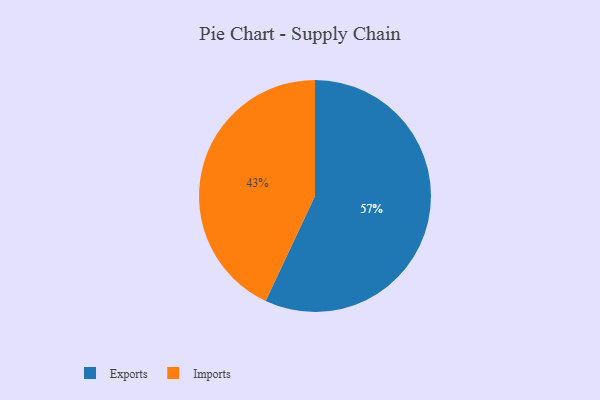
{"axis": {"x": "Category", "y": "Percentage"}, "legend": ["Exports", "Imports"], "data": [{"x": "Exports", "y": 57, "type": "Exports"}, {"x": "Imports", "y": 43, "type": "Imports"}]}